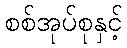
စစ်အုပ်စုနှင့်